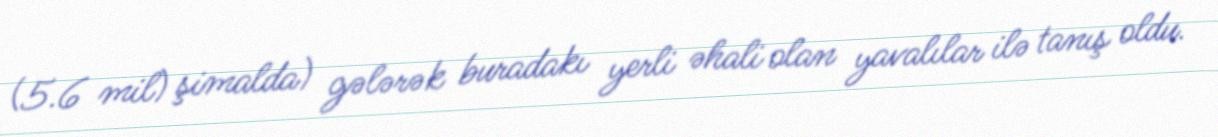
(5.6 mil) şimalda) gələrək buradakı yerli əhali olan yavalılar ilə tanış oldu.